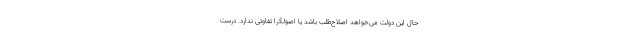
حال این دولت می‌خواهد اصلاح‌طلب باشد یا اصولگرا تفاوتی ندارد. درست